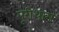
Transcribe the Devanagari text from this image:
पूरीधाम